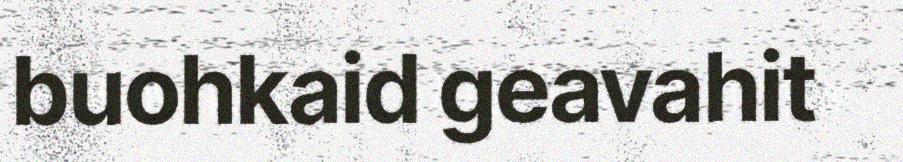
buohkaid geavahit